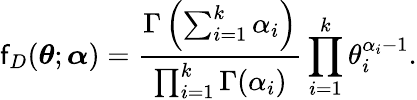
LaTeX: \mathsf{f}_{D}(\boldsymbol{\theta};\boldsymbol{\alpha})=\frac{{\Gamma\left(\sum_{i=1}^{k}\alpha_{i}\right)}}{{\prod_{i=1}^{k}\Gamma(\alpha_{i})}}\prod_{i=1}^{k}\theta_{i}^{\alpha_{i}-1}.